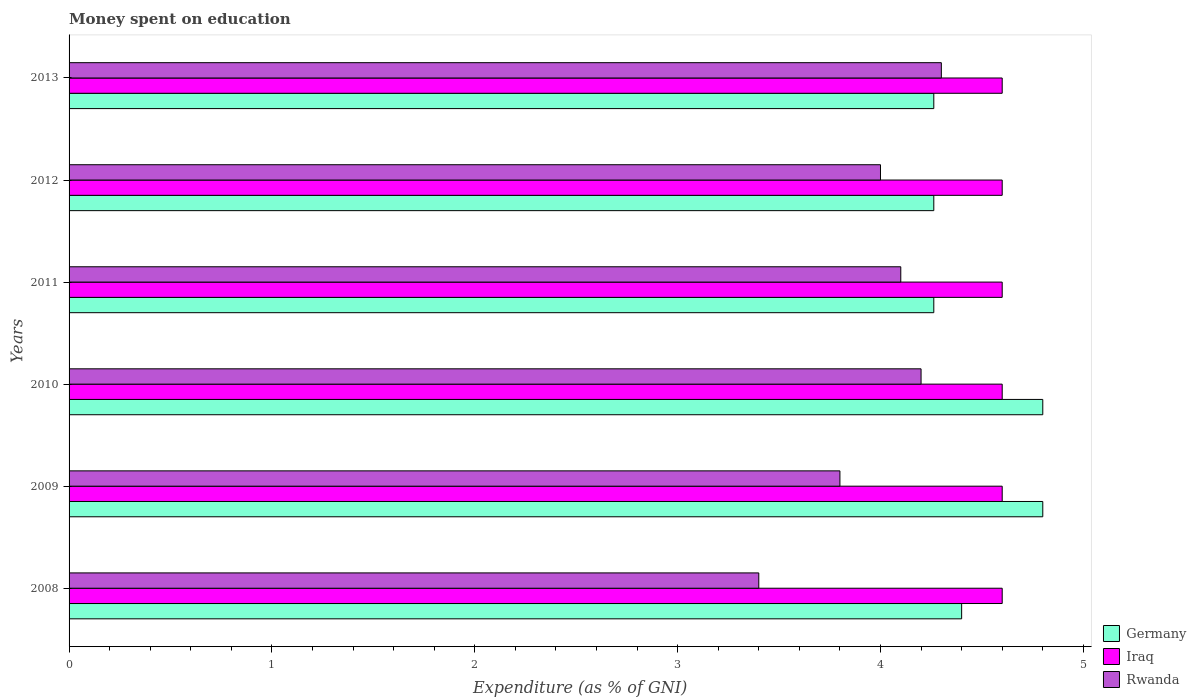
| Years | Germany | Iraq | Rwanda |
 | --- | --- | --- | --- |
 | 2008 | 4.4 | 4.6 | 3.4 |
 | 2009 | 4.8 | 4.6 | 3.8 |
 | 2010 | 4.8 | 4.6 | 4.2 |
 | 2011 | 4.26 | 4.6 | 4.1 |
 | 2012 | 4.26 | 4.6 | 4 |
 | 2013 | 4.26 | 4.6 | 4.3 |